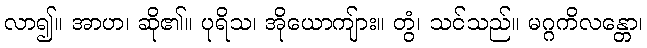
လာ၍။ အာဟ၊ ဆို၏။ ပုရိသ၊ အိုယောကျ်ား။ တွံ၊ သင်သည်။ မဂ္ဂကိလန္တော၊